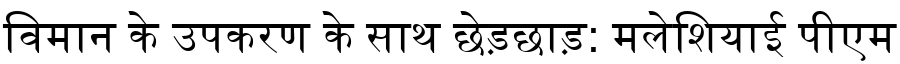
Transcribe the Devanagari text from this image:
विमान के उपकरण के साथ छेड़छाड़: मलेशियाई पीएम